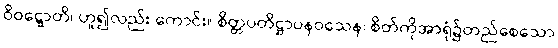
ဝိဝဋ္ဋောတိ၊ ဟူ၍လည်း ကောင်း။ စိတ္တပတိဋ္ဌာပနဝသေန၊ စိတ်ကိုအာရုံ၌တည်စေသော